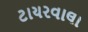
ટાયરવાલા